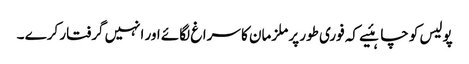
پولیس کو چاہئیے کہ فوری طور پر ملزمان کا سراغ لگائے اور انہیں گرفتار کرے ۔